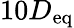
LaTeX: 10D_{\textup{eq}}